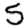
Digit: 5